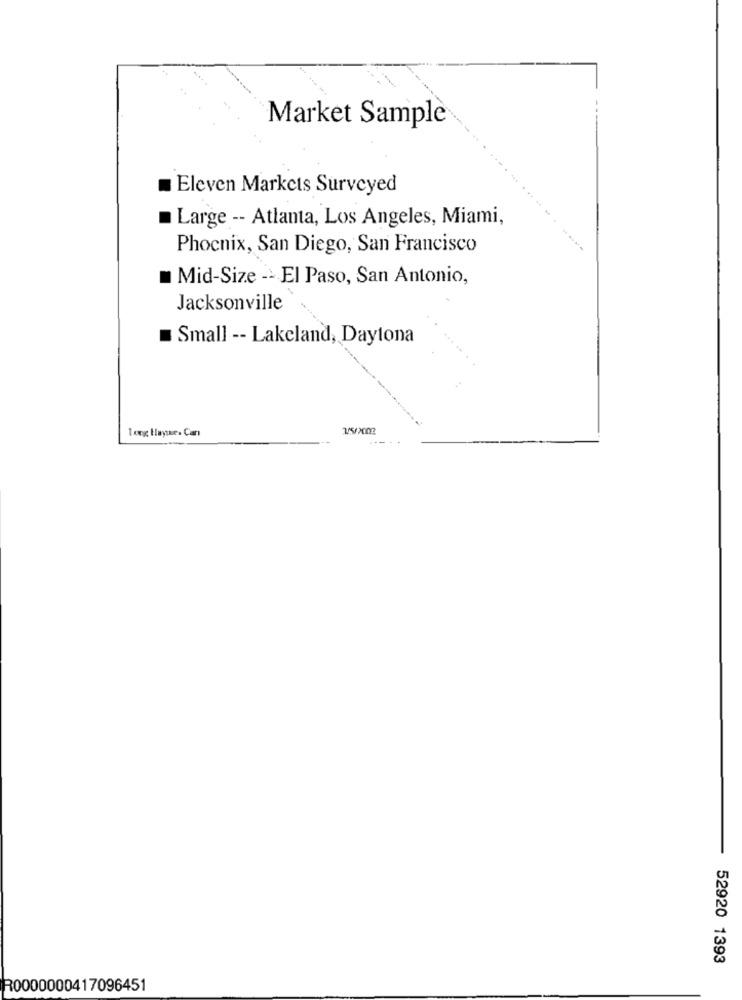
Market Sample
Eleven Markets Surveyed
Large -- Atlanta, Los Angeles, Miami
Phoenix, San Diego, San Francisco
Mid-Size -> El Paso, San Antonio,
Jacksonville
Small -- Lakeland, Daytona
Tong Haytes Car
V5/2002
52920 1393
R0000000417096451